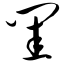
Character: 闺